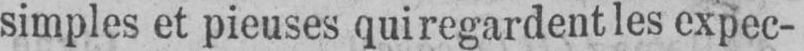
simples et pieuses qui regardent les expec-